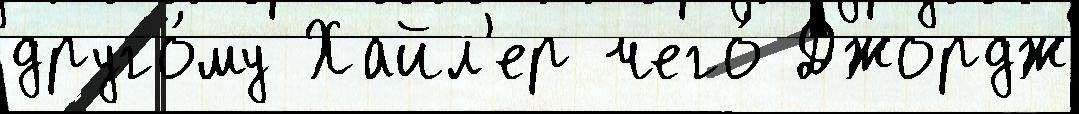
друго́му Хайл'ер чего́ Джордж